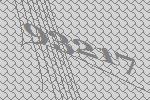
93217